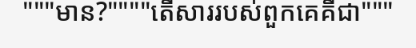
"""មាន?""""តើសាររបស់ពួកគេគឺជា"""